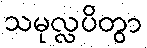
သမုလ္လပိတွာ